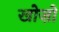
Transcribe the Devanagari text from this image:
खोज़ों